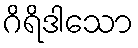
ဂိရိဒါသော